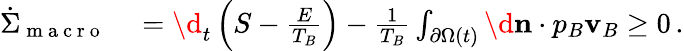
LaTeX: \begin{array}{rl}{\dot{\Sigma}_{\mathrm{~m~a~c~r~o~}}}&{{}=\d_{t}\left(S-\frac{E}{T_{B}}\right)-\frac{1}{T_{B}}\int_{\partial\Omega(t)}\d\mathbf{n}\cdot p_{B}\mathbf{v}_{B}\geq 0\, .}\end{array}